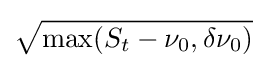
{\sqrt {\max(S_{t}-\nu _{0},\delta \nu _{0})}}